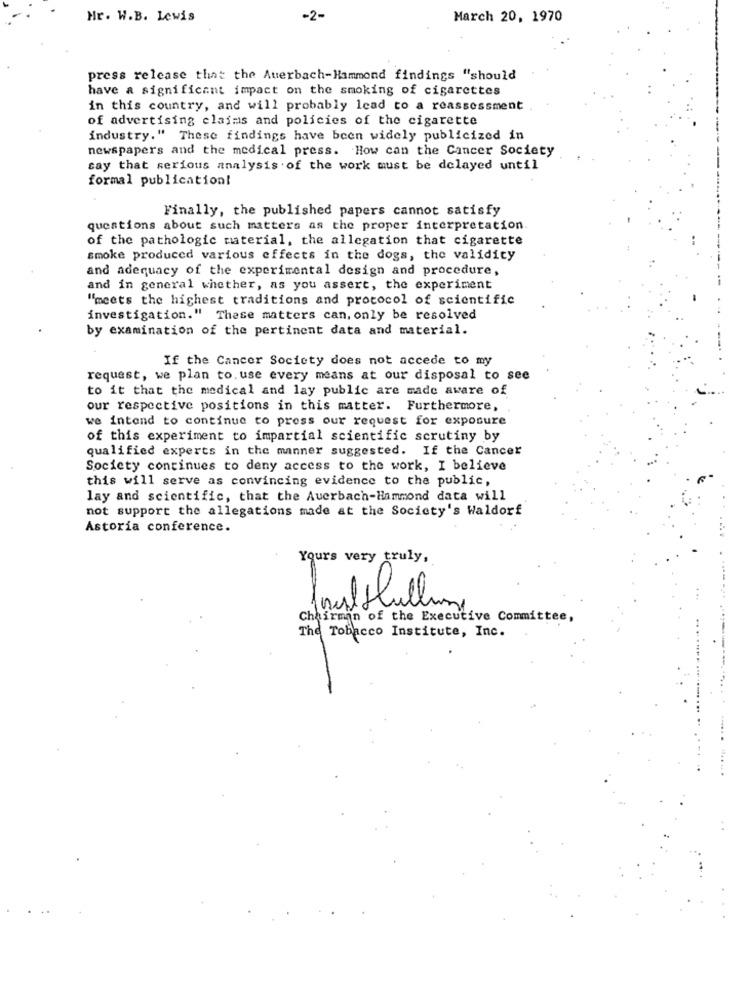
Mr. W.B. Lewis
-2-
March 20, 1970
press release that the Auerbach-Hammond findings "should
have a significant impact on the smoking of cigarettes
in this country, and will probably lead to a reassessment
of advertising claims and policies of the cigarette
industry." These findings have been widely publicized in
newspapers and the medical press. How can the Cancer Society
cay that serious analysis of the work must be delayed until
formal publication!
Finally, the published papers cannot satisfy
questions about such matters as the proper interpretation.
of the pathologic material, the allegation that cigarette
smoke produced various effects in the dogs, the validity
and adequacy of the experimental design and procedure,
and in general whether, as you assert, the experiment
"meets the highest traditions and protocol of scientific
investigation." These matters can, only be resolved
by examination of the pertinent data and material.
If the Cancer Society does not accede to my
request, we plan to. use every means at our disposal to see
to it that the medical and lay public are made aware of
our respective positions in this matter. Furthermore,
we intend to continue to press our request for exposure
of this experiment to impartial scientific scrutiny by
qualified experts in the manner suggested. If the Cancer
Society continues to deny access to the work, I believe
this will serve as convincing evidence to the public,
lay and scientific, that the Auerbach-Hammond data will
not support the allegations made at the Society's Waldorf
Astoria conference.
Yours very truly,
Chairman of the Executive Committee,
The Tobacco Institute, Inc.